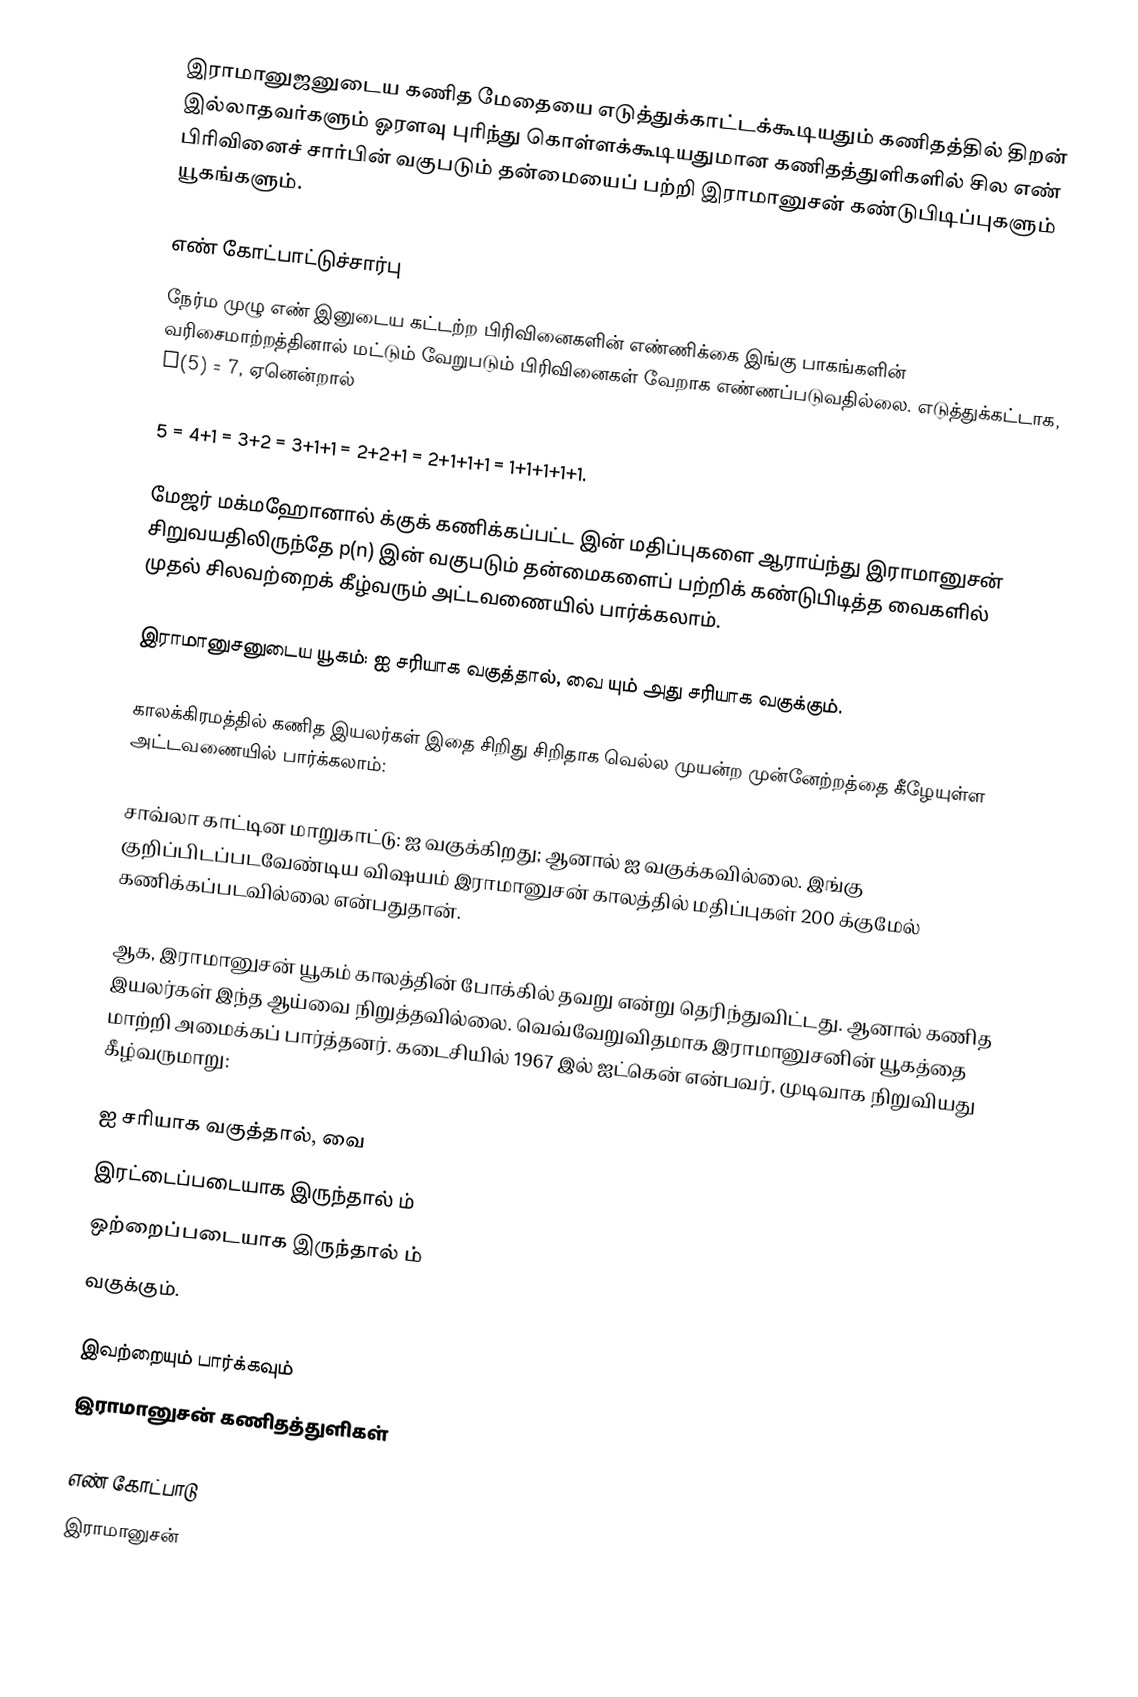
இராமானுஜனுடைய கணித மேதையை எடுத்துக்காட்டக்கூடியதும் கணிதத்தில் திறன் இல்லாதவர்களும் ஓரளவு புரிந்து கொள்ளக்கூடியதுமான கணிதத்துளிகளில் சில எண் பிரிவினைச் சார்பின் வகுபடும் தன்மையைப் பற்றி இராமானுசன் கண்டுபிடிப்புகளும் யூகங்களும்.

எண் கோட்பாட்டுச்சார்பு
நேர்ம முழு எண்  இனுடைய கட்டற்ற பிரிவினைகளின் எண்ணிக்கை   இங்கு பாகங்களின் வரிசைமாற்றத்தினால் மட்டும்  வேறுபடும்  பிரிவினைகள் வேறாக எண்ணப்படுவதில்லை. எடுத்துக்கட்டாக,  p(5) = 7, ஏனென்றால்

5 = 4+1 = 3+2 = 3+1+1 = 2+2+1 = 2+1+1+1 = 1+1+1+1+1.

மேஜர் மக்மஹோனால்  க்குக் கணிக்கப்பட்ட  இன் மதிப்புகளை ஆராய்ந்து  இராமானுசன் சிறுவயதிலிருந்தே p(n)  இன் வகுபடும் தன்மைகளைப் பற்றிக் கண்டுபிடித்த வைகளில் முதல் சிலவற்றைக் கீழ்வரும் அட்டவணையில் பார்க்கலாம்.

இராமானுசனுடைய யூகம்:    ஐ   சரியாக வகுத்தால்,  வை யும் அது சரியாக வகுக்கும்.

காலக்கிரமத்தில் கணித இயலர்கள் இதை சிறிது சிறிதாக வெல்ல முயன்ற முன்னேற்றத்தை கீழேயுள்ள அட்டவணையில் பார்க்கலாம்:

சாவ்லா காட்டின மாறுகாட்டு:   ஐ  வகுக்கிறது; ஆனால்   ஐ  வகுக்கவில்லை. இங்கு குறிப்பிடப்படவேண்டிய விஷயம் இராமானுசன் காலத்தில்  மதிப்புகள் 200 க்குமேல் கணிக்கப்படவில்லை என்பதுதான்.

ஆக, இராமானுசன் யூகம் காலத்தின் போக்கில் தவறு என்று தெரிந்துவிட்டது. ஆனால் கணித இயலர்கள் இந்த ஆய்வை நிறுத்தவில்லை.  வெவ்வேறுவிதமாக இராமானுசனின் யூகத்தை மாற்றி அமைக்கப் பார்த்தனர். கடைசியில் 1967 இல் ஐட்கென் என்பவர், முடிவாக நிறுவியது கீழ்வருமாறு:

    ஐ   சரியாக வகுத்தால்,  வை
  இரட்டைப்படையாக இருந்தால்  ம்
  ஒற்றைப்படையாக இருந்தால்    ம்
வகுக்கும்.

இவற்றையும் பார்க்கவும்
இராமானுசன் கணிதத்துளிகள்

எண் கோட்பாடு
இராமானுசன்